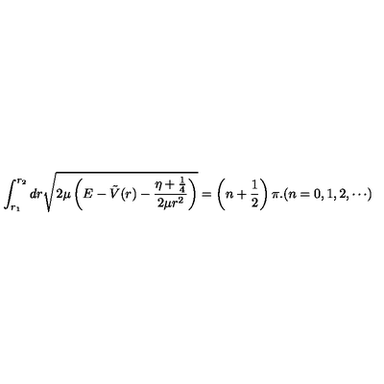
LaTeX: \int _ { r _ { 1 } } ^ { r _ { 2 } } d r \sqrt { 2 \mu \left( E - \tilde { V } ( r ) - \frac { \eta + \frac { 1 } { 4 } } { 2 \mu r ^ { 2 } } \right) } = \left( n + \frac { 1 } { 2 } \right) \pi . ( n = 0 , 1 , 2 , \cdots )